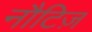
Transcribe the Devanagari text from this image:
नौटिज़